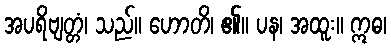
အပရိဗျတ္တံ၊ သည်။ ဟောတိ၊ ၏။ ပန၊ အထူး။ ဣဓ၊